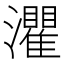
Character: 灈